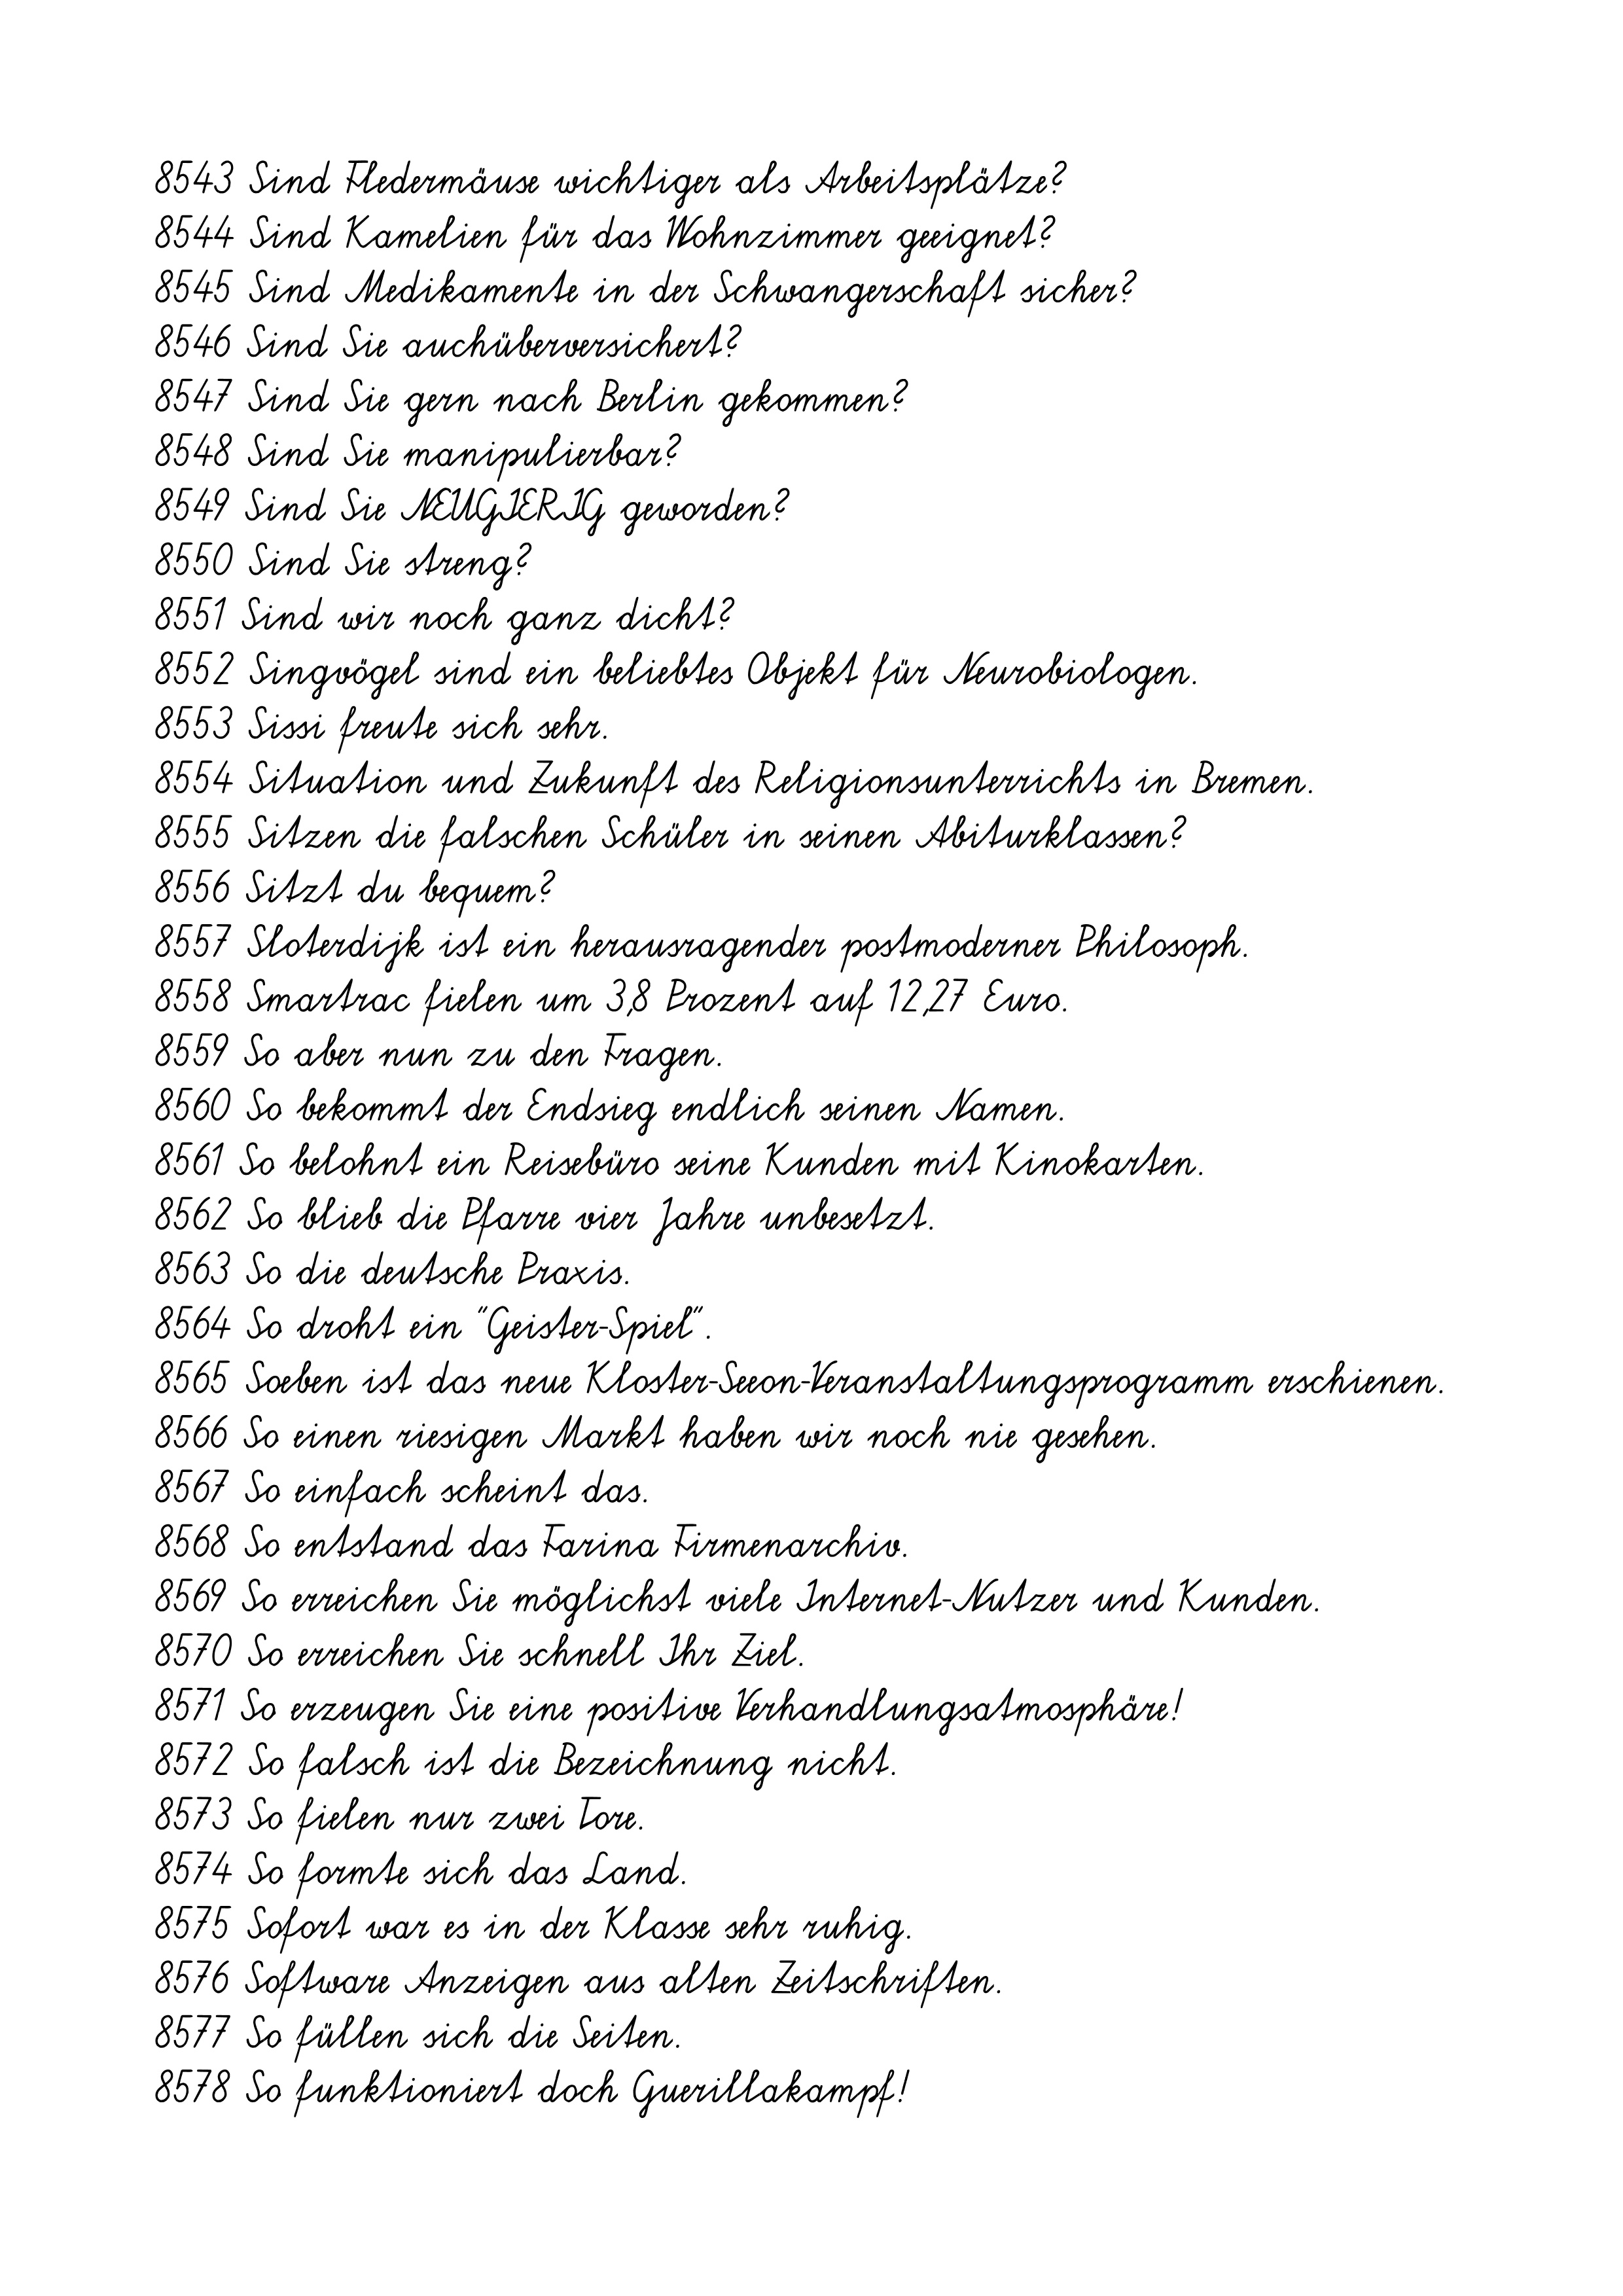
8543 Sind Fledermäuse wichtiger als Arbeitsplätze?
8544 Sind Kamelien für das Wohnzimmer geeignet?
8545 Sind Medikamente in der Schwangerschaft sicher?
8546 Sind Sie auchüberversichert?
8547 Sind Sie gern nach Berlin gekommen?
8548 Sind Sie manipulierbar?
8549 Sind Sie NEUGIERIG geworden?
8550 Sind Sie streng?
8551 Sind wir noch ganz dicht?
8552 Singvögel sind ein beliebtes Objekt für Neurobiologen.
8553 Sissi freute sich sehr.
8554 Situation und Zukunft des Religionsunterrichts in Bremen.
8555 Sitzen die falschen Schüler in seinen Abiturklassen?
8556 Sitzt du bequem?
8557 Sloterdijk ist ein herausragender postmoderner Philosoph.
8558 Smartrac fielen um 3,8 Prozent auf 12,27 Euro.
8559 So aber nun zu den Fragen.
8560 So bekommt der Endsieg endlich seinen Namen.
8561 So belohnt ein Reisebüro seine Kunden mit Kinokarten.
8562 So blieb die Pfarre vier Jahre unbesetzt.
8563 So die deutsche Praxis.
8564 So droht ein "Geister-Spiel".
8565 Soeben ist das neue Kloster-Seeon-Veranstaltungsprogramm erschienen.
8566 So einen riesigen Markt haben wir noch nie gesehen.
8567 So einfach scheint das.
8568 So entstand das Farina Firmenarchiv.
8569 So erreichen Sie möglichst viele Internet-Nutzer und Kunden.
8570 So erreichen Sie schnell Ihr Ziel.
8571 So erzeugen Sie eine positive Verhandlungsatmosphäre!
8572 So falsch ist die Bezeichnung nicht.
8573 So fielen nur zwei Tore.
8574 So formte sich das Land.
8575 Sofort war es in der Klasse sehr ruhig.
8576 Software Anzeigen aus alten Zeitschriften.
8577 So füllen sich die Seiten.
8578 So funktioniert doch Guerillakampf!